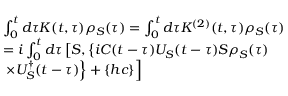
\begin{array} { r l } & { \int _ { 0 } ^ { t } { d \tau } K ( t , \tau ) { { \rho } _ { S } } ( \tau ) = \int _ { 0 } ^ { t } { d \tau } K ^ { ( 2 ) } ( t , \tau ) { { \rho } _ { S } } ( \tau ) } \\ & { = i \int _ { 0 } ^ { t } { d \tau } \left[ S , \left\{ i C ( t - \tau ) { { U } _ { S } } ( t - \tau ) S { { \rho } _ { S } } ( \tau ) \right. \right. } \\ & { \left. \left. \times U _ { S } ^ { \dagger } ( t - \tau ) \right\} + \left\{ h c \right\} \right] } \end{array}